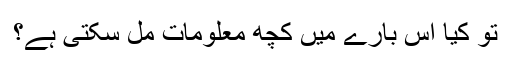
تو کیا اس بارے میں کچھ معلومات مل سکتی ہے؟